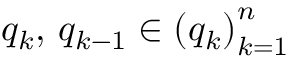
q _ { k } , \, q _ { k - 1 } \in \left( q _ { k } \right) _ { k = 1 } ^ { n }